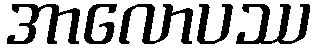
အာလောပဿ